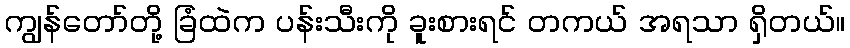
ကျွန်တော်တို့ ခြံထဲက ပန်းသီးကို ခူးစားရင် တကယ် အရသာ ရှိတယ်။